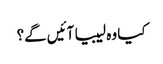
کیا وہ لیبیا آئیں گے؟